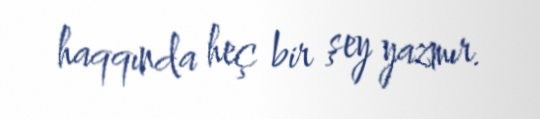
haqqında heç bir şey yazmır.